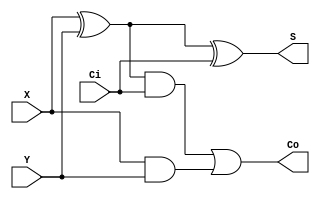

// Generated by Cadence Genus(TM) Synthesis Solution GENUS15.20 - 15.20-p004_1
// Generated on: May 27 2024 03:11:00

// Verification Directory fv/synth_wrapper 

module fulladder(X, Y, Ci, S, Co);
  input X, Y, Ci;
  output S, Co;
  wire X, Y, Ci;
  wire S, Co;
  wire w1, w2, w3;
  xor G1 (w1, X, Y);
  xor G2 (S, w1, Ci);
  and G3 (w2, w1, Ci);
  and G4 (w3, X, Y);
  or G5 (Co, w2, w3);
endmodule

module ripple_adder(X, Y, S, Co, Cin);
  input [3:0] X, Y;
  input Cin;
  output [3:0] S;
  output Co;
  wire [3:0] X, Y;
  wire Cin;
  wire [3:0] S;
  wire Co;
  wire w1, w2, w3;
  fulladder u1(X[0], Y[0], Cin, S[0], w1);
  fulladder u2(X[1], Y[1], w1, S[1], w2);
  fulladder u3(X[2], Y[2], w2, S[2], w3);
  fulladder u4(X[3], Y[3], w3, S[3], Co);
endmodule

module not4bit(X, S);
  input [3:0] X;
  output [3:0] S;
  wire [3:0] X;
  wire [3:0] S;
  not g1 (S[0], X[0]);
  not g2 (S[1], X[1]);
  not g3 (S[2], X[2]);
  not g4 (S[3], X[3]);
endmodule

module and4bit(X, Y, S);
  input [3:0] X, Y;
  output [3:0] S;
  wire [3:0] X, Y;
  wire [3:0] S;
  and g1 (S[0], Y[0], X[0]);
  and g2 (S[1], Y[1], X[1]);
  and g3 (S[2], Y[2], X[2]);
  and g4 (S[3], Y[3], X[3]);
endmodule

module or4bit(X, Y, S);
  input [3:0] X, Y;
  output [3:0] S;
  wire [3:0] X, Y;
  wire [3:0] S;
  or g1 (S[0], Y[0], X[0]);
  or g2 (S[1], Y[1], X[1]);
  or g3 (S[2], Y[2], X[2]);
  or g4 (S[3], Y[3], X[3]);
endmodule

module xor4bit(X, Y, S);
  input [3:0] X, Y;
  output [3:0] S;
  wire [3:0] X, Y;
  wire [3:0] S;
  xor g1 (S[0], Y[0], X[0]);
  xor g2 (S[1], Y[1], X[1]);
  xor g3 (S[2], Y[2], X[2]);
  xor g4 (S[3], Y[3], X[3]);
endmodule

module mux2by1(D0, D1, S, Y);
  input D0, D1, S;
  output Y;
  wire D0, D1, S;
  wire Y;
  wire w1, w2, w3;
  not g1 (w1, S);
  and g2 (w2, D0, w1);
  and g3 (w3, D1, S);
  or g4 (Y, w2, w3);
endmodule

module mux2by1_4bit(in0, in1, sel, out);
  input [3:0] in0, in1;
  input sel;
  output [3:0] out;
  wire [3:0] in0, in1;
  wire sel;
  wire [3:0] out;
  mux2by1 mux0(in0[0], in1[0], sel, out[0]);
  mux2by1 mux1(in0[1], in1[1], sel, out[1]);
  mux2by1 mux2(in0[2], in1[2], sel, out[2]);
  mux2by1 mux3(in0[3], in1[3], sel, out[3]);
endmodule

module shift_left(a, b, s);
  input [3:0] a, b;
  output [3:0] s;
  wire [3:0] a, b;
  wire [3:0] s;
  wire [3:0] s1;
  wire [3:0] s2;
  wire [3:0] s3;
  mux2by1_4bit mux1(a, {a[2:0], 1'b0}, b[0], s1);
  mux2by1_4bit mux2(s1, {s1[1:0], 2'b00}, b[1], s2);
  mux2by1_4bit mux4(s2, 4'b0000, b[2], s3);
  mux2by1_4bit mux8(s3, 4'b0000, b[3], s);
endmodule

module shift_right(a, b, s);
  input [3:0] a, b;
  output [3:0] s;
  wire [3:0] a, b;
  wire [3:0] s;
  wire [3:0] s1;
  wire [3:0] s2;
  wire [3:0] s3;
  mux2by1_4bit mux1(a, {1'b0, a[3:1]}, b[0], s1);
  mux2by1_4bit mux2(s1, {2'b00, s1[3:2]}, b[1], s2);
  mux2by1_4bit mux4(s2, 4'b0000, b[2], s3);
  mux2by1_4bit mux8(s3, 4'b0000, b[3], s);
endmodule

module an4(X0, X1, X2, X3, Y);
  input X0, X1, X2, X3;
  output Y;
  wire X0, X1, X2, X3;
  wire Y;
  and g4 (Y, X0, X1, X2, X3);
endmodule

module orr8(X0, X1, X2, X3, X4, X5, X6, X7, Y);
  input X0, X1, X2, X3, X4, X5, X6, X7;
  output Y;
  wire X0, X1, X2, X3, X4, X5, X6, X7;
  wire Y;
  wire n_10, n_11, n_12, n_13;
  or g8 (n_10, X0, X1);
  or g9 (n_11, X2, X3);
  or g10 (n_12, X4, X5);
  or g11 (n_13, X6, X7);
  or g12 (Y, n_10, n_11, n_12, n_13);
endmodule

module mux8by1(D0, D1, D2, D3, D4, D5, D6, D7, s0, s1, s2, Y);
  input D0, D1, D2, D3, D4, D5, D6, D7, s0, s1, s2;
  output Y;
  wire D0, D1, D2, D3, D4, D5, D6, D7, s0, s1, s2;
  wire Y;
  wire not_s0, not_s1, not_s2, w0, w1, w2, w3, w4;
  wire w5, w6, w7;
  an4 a0(D0, not_s2, not_s1, not_s0, w0);
  an4 a1(D1, not_s2, not_s1, s0, w1);
  an4 a2(D2, not_s2, s1, not_s0, w2);
  an4 a3(D3, not_s2, s1, s0, w3);
  an4 a4(D4, s2, not_s1, not_s0, w4);
  an4 a5(D5, s2, not_s1, s0, w5);
  an4 a6(D6, s2, s1, not_s0, w6);
  an4 a7(D7, s2, s1, s0, w7);
  orr8 or0(w0, w1, w2, w3, w4, w5, w6, w7, Y);
  not g1 (not_s0, s0);
  not g2 (not_s1, s1);
  not g3 (not_s2, s2);
endmodule

module alu(a, b, op, result, carry);
  input [3:0] a, b;
  input [2:0] op;
  output [3:0] result;
  output carry;
  wire [3:0] a, b;
  wire [2:0] op;
  wire [3:0] result;
  wire carry;
  wire [3:0] result_add;
  wire [3:0] w1;
  wire [3:0] result_sub;
  wire [3:0] result_and;
  wire [3:0] result_or;
  wire [3:0] result_xor;
  wire [3:0] result_not;
  wire [3:0] result_shift_left;
  wire [3:0] result_shift_right;
  wire [2:0] not_op;
  wire carry1, carry2, carry_out1, carry_out2, carry_sub;
  ripple_adder u1(a, b, result_add, carry1, 1'b0);
  not4bit not4bit0(b, w1);
  ripple_adder u2(a, w1, result_sub, carry_sub, 1'b1);
  and4bit and4bit(a, b, result_and);
  or4bit or4bit(a, b, result_or);
  xor4bit xor4bit(a, b, result_xor);
  not4bit not4bit(a, result_not);
  shift_left shift_left(a, b, result_shift_left);
  shift_right shift_right(a, b, result_shift_right);
  mux8by1 mux_bit0(result_add[0], result_sub[0], result_and[0],
       result_or[0], result_xor[0], result_not[0],
       result_shift_left[0], result_shift_right[0], op[0], op[1],
       op[2], result[0]);
  mux8by1 mux_bit1(result_add[1], result_sub[1], result_and[1],
       result_or[1], result_xor[1], result_not[1],
       result_shift_left[1], result_shift_right[1], op[0], op[1],
       op[2], result[1]);
  mux8by1 mux_bit2(result_add[2], result_sub[2], result_and[2],
       result_or[2], result_xor[2], result_not[2],
       result_shift_left[2], result_shift_right[2], op[0], op[1],
       op[2], result[2]);
  mux8by1 mux_bit3(result_add[3], result_sub[3], result_and[3],
       result_or[3], result_xor[3], result_not[3],
       result_shift_left[3], result_shift_right[3], op[0], op[1],
       op[2], result[3]);
  an4 for_carryadd(carry1, not_op[0], not_op[1], not_op[2], carry_out1);
  an4 for_carrysub(carry2, op[0], not_op[1], not_op[2], carry_out2);
  not g1 (not_op[0], op[0]);
  not g2 (not_op[1], op[1]);
  not g3 (not_op[2], op[2]);
  not g4 (carry2, carry_sub);
  or g5 (carry, carry_out1, carry_out2);
endmodule

module bmux(ctl, in_0, in_1, z);
  input ctl;
  input [2:0] in_0, in_1;
  output [2:0] z;
  wire ctl;
  wire [2:0] in_0, in_1;
  wire [2:0] z;
  CDN_bmux2 g1(.sel0 (ctl), .data0 (in_0[2]), .data1 (in_1[2]), .z
       (z[2]));
  CDN_bmux2 g2(.sel0 (ctl), .data0 (in_0[1]), .data1 (in_1[1]), .z
       (z[1]));
  CDN_bmux2 g3(.sel0 (ctl), .data0 (in_0[0]), .data1 (in_1[0]), .z
       (z[0]));
endmodule

module bmux_1(ctl, in_0, in_1, z);
  input ctl;
  input [3:0] in_0, in_1;
  output [3:0] z;
  wire ctl;
  wire [3:0] in_0, in_1;
  wire [3:0] z;
  CDN_bmux2 g1(.sel0 (ctl), .data0 (in_0[3]), .data1 (in_1[3]), .z
       (z[3]));
  CDN_bmux2 g2(.sel0 (ctl), .data0 (in_0[2]), .data1 (in_1[2]), .z
       (z[2]));
  CDN_bmux2 g3(.sel0 (ctl), .data0 (in_0[1]), .data1 (in_1[1]), .z
       (z[1]));
  CDN_bmux2 g4(.sel0 (ctl), .data0 (in_0[0]), .data1 (in_1[0]), .z
       (z[0]));
endmodule

module bmux_3(ctl, in_0, in_1, z);
  input ctl, in_0, in_1;
  output z;
  wire ctl, in_0, in_1;
  wire z;
  CDN_bmux2 g1(.sel0 (ctl), .data0 (in_0), .data1 (in_1), .z (z));
endmodule

module synth_wrapper(a, b, op, rst_n, clk, result, carry);
  input [3:0] a, b;
  input [2:0] op;
  input rst_n, clk;
  output [3:0] result;
  output carry;
  wire [3:0] a, b;
  wire [2:0] op;
  wire rst_n, clk;
  wire [3:0] result;
  wire carry;
  wire [3:0] a_reg;
  wire [3:0] b_reg;
  wire [2:0] op_reg;
  wire UNCONNECTED, UNCONNECTED0, UNCONNECTED1, UNCONNECTED2,
       UNCONNECTED3, UNCONNECTED4, UNCONNECTED5, UNCONNECTED6;
  wire UNCONNECTED7, UNCONNECTED8, UNCONNECTED9, UNCONNECTED10,
       UNCONNECTED11, UNCONNECTED12, UNCONNECTED13, UNCONNECTED14;
  wire carry_reg_48, n_17, \result_reg[0]_36 , \result_reg[1]_37 ,
       \result_reg[2]_38 , \result_reg[3]_39 ;
  alu u1(.a (a_reg), .b (b_reg), .op (op_reg), .result
       ({\result_reg[3]_39 , \result_reg[2]_38 , \result_reg[1]_37 ,
       \result_reg[0]_36 }), .carry (carry_reg_48));
  bmux mux_op_reg_18_8(.ctl (n_17), .in_0 (op), .in_1 (3'b000), .z
       ({UNCONNECTED1, UNCONNECTED0, UNCONNECTED}));
  bmux_1 mux_b_reg_18_8(.ctl (n_17), .in_0 (b), .in_1 (4'b0000), .z
       ({UNCONNECTED5, UNCONNECTED4, UNCONNECTED3, UNCONNECTED2}));
  bmux_1 mux_a_reg_18_8(.ctl (n_17), .in_0 (a), .in_1 (4'b0000), .z
       ({UNCONNECTED9, UNCONNECTED8, UNCONNECTED7, UNCONNECTED6}));
  bmux_3 mux_carry_18_8(.ctl (n_17), .in_0 (carry_reg_48), .in_1
       (1'b0), .z (UNCONNECTED10));
  bmux_1 mux_result_18_8(.ctl (n_17), .in_0 ({\result_reg[3]_39 ,
       \result_reg[2]_38 , \result_reg[1]_37 , \result_reg[0]_36 }),
       .in_1 (4'b0000), .z ({UNCONNECTED14, UNCONNECTED13,
       UNCONNECTED12, UNCONNECTED11}));
  not g1 (n_17, rst_n);
  CDN_flop \result_reg[0] (.clk (clk), .d (\result_reg[0]_36 ), .sena
       (1'b1), .aclr (n_17), .apre (1'b0), .srl (1'b0), .srd (1'b0), .q
       (result[0]));
  CDN_flop \result_reg[1] (.clk (clk), .d (\result_reg[1]_37 ), .sena
       (1'b1), .aclr (n_17), .apre (1'b0), .srl (1'b0), .srd (1'b0), .q
       (result[1]));
  CDN_flop \result_reg[2] (.clk (clk), .d (\result_reg[2]_38 ), .sena
       (1'b1), .aclr (n_17), .apre (1'b0), .srl (1'b0), .srd (1'b0), .q
       (result[2]));
  CDN_flop \result_reg[3] (.clk (clk), .d (\result_reg[3]_39 ), .sena
       (1'b1), .aclr (n_17), .apre (1'b0), .srl (1'b0), .srd (1'b0), .q
       (result[3]));
  CDN_flop carry_reg(.clk (clk), .d (carry_reg_48), .sena (1'b1), .aclr
       (n_17), .apre (1'b0), .srl (1'b0), .srd (1'b0), .q (carry));
  CDN_flop \a_reg_reg[0] (.clk (clk), .d (a[0]), .sena (1'b1), .aclr
       (n_17), .apre (1'b0), .srl (1'b0), .srd (1'b0), .q (a_reg[0]));
  CDN_flop \a_reg_reg[1] (.clk (clk), .d (a[1]), .sena (1'b1), .aclr
       (n_17), .apre (1'b0), .srl (1'b0), .srd (1'b0), .q (a_reg[1]));
  CDN_flop \a_reg_reg[2] (.clk (clk), .d (a[2]), .sena (1'b1), .aclr
       (n_17), .apre (1'b0), .srl (1'b0), .srd (1'b0), .q (a_reg[2]));
  CDN_flop \a_reg_reg[3] (.clk (clk), .d (a[3]), .sena (1'b1), .aclr
       (n_17), .apre (1'b0), .srl (1'b0), .srd (1'b0), .q (a_reg[3]));
  CDN_flop \b_reg_reg[0] (.clk (clk), .d (b[0]), .sena (1'b1), .aclr
       (n_17), .apre (1'b0), .srl (1'b0), .srd (1'b0), .q (b_reg[0]));
  CDN_flop \b_reg_reg[1] (.clk (clk), .d (b[1]), .sena (1'b1), .aclr
       (n_17), .apre (1'b0), .srl (1'b0), .srd (1'b0), .q (b_reg[1]));
  CDN_flop \b_reg_reg[2] (.clk (clk), .d (b[2]), .sena (1'b1), .aclr
       (n_17), .apre (1'b0), .srl (1'b0), .srd (1'b0), .q (b_reg[2]));
  CDN_flop \b_reg_reg[3] (.clk (clk), .d (b[3]), .sena (1'b1), .aclr
       (n_17), .apre (1'b0), .srl (1'b0), .srd (1'b0), .q (b_reg[3]));
  CDN_flop \op_reg_reg[0] (.clk (clk), .d (op[0]), .sena (1'b1), .aclr
       (n_17), .apre (1'b0), .srl (1'b0), .srd (1'b0), .q (op_reg[0]));
  CDN_flop \op_reg_reg[1] (.clk (clk), .d (op[1]), .sena (1'b1), .aclr
       (n_17), .apre (1'b0), .srl (1'b0), .srd (1'b0), .q (op_reg[1]));
  CDN_flop \op_reg_reg[2] (.clk (clk), .d (op[2]), .sena (1'b1), .aclr
       (n_17), .apre (1'b0), .srl (1'b0), .srd (1'b0), .q (op_reg[2]));
endmodule

`ifdef RC_CDN_GENERIC_GATE
`else
module CDN_flop(clk, d, sena, aclr, apre, srl, srd, q);
  input clk, d, sena, aclr, apre, srl, srd;
  output q;
  wire clk, d, sena, aclr, apre, srl, srd;
  wire q;
  reg  qi;
  assign #1 q = qi;
  always 
    @(posedge clk or posedge apre or posedge aclr) 
      if (aclr) 
        qi <= 0;
      else if (apre) 
          qi <= 1;
        else if (srl) 
            qi <= srd;
          else begin
            if (sena) 
              qi <= d;
          end
  initial 
    qi <= 1'b0;
endmodule
`endif
`ifdef RC_CDN_GENERIC_GATE
`else
`ifdef ONE_HOT_MUX
module CDN_bmux2(sel0, data0, data1, z);
  input sel0, data0, data1;
  output z;
  wire sel0, data0, data1;
  reg  z;
  always 
    @(sel0 or data0 or data1) 
      case ({sel0})
       1'b0: z = data0;
       1'b1: z = data1;
      endcase
endmodule
`else
module CDN_bmux2(sel0, data0, data1, z);
  input sel0, data0, data1;
  output z;
  wire sel0, data0, data1;
  wire z;
  wire inv_sel0, w_0, w_1;
  not i_0 (inv_sel0, sel0);
  and a_0 (w_0, inv_sel0, data0);
  and a_1 (w_1, sel0, data1);
  or org (z, w_0, w_1);
endmodule
`endif // ONE_HOT_MUX
`endif